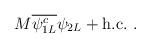
LaTeX: \begin{align*}M {\overline{\psi_{1L}^c}}\psi_{2L} + \mbox{h.c.}~.\end{align*}